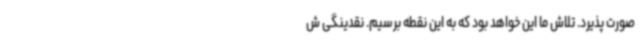
صورت پذیرد. تلاش ما این خواهد بود که به این نقطه برسیم. نقدینگی ش